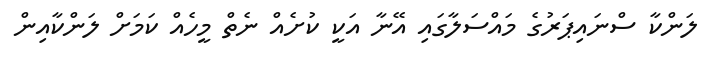
ލަންކާ ސްނައިޕަރުގެ މައްސަލާގައި އޭނާ އަކީ ކުށެއް ނެތް މީހެއް ކަމަށް ލަންކާއިން